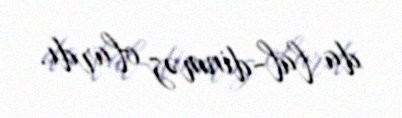
da lal-dinməz olardı.